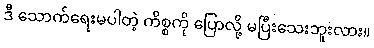
ဒီ သောက်ရေးမပါတဲ့ ကိစ္စကို ပြောလို့ မပြီးသေးဘူးလား။